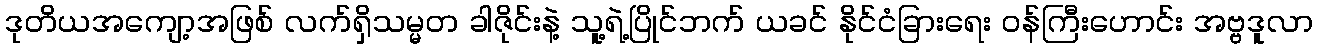
ဒုတိယအကျော့အဖြစ် လက်ရှိသမ္မတ ခါဇိုင်းနဲ့ သူ့ရဲ့ပြိုင်ဘက် ယခင် နိုင်ငံခြားရေး ဝန်ကြီးဟောင်း အဗ္ဗဒူလာ